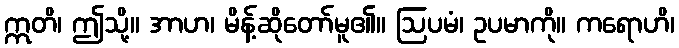
ဣတိ၊ ဤသို့။ အာဟ၊ မိန့်ဆိုတော်မူ၏။ ဩပမံ၊ ဥပမာကို။ ကရောဟိ၊